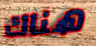
هناك